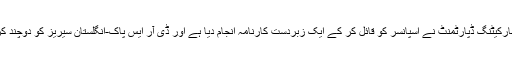
ہمارے مارکیٹنگ ڈپارٹمنٹ نے اسپانسر کو قائل کر کے ایک زبردست کارنامہ انجام دیا ہے اور ڈی آر ایس پاک-انگلستان سیریز کو دوچند کر دے گا۔